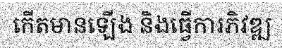
កើតមានឡើង និងធ្វើការភិវឌ្ឍ